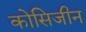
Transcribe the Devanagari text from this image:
कोसिजीन